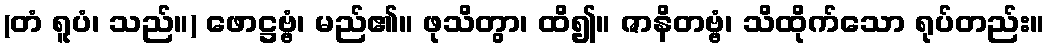
(တံ ရူပံ၊ သည်။) ဖောဋ္ဌဗ္ဗံ၊ မည်၏။ ဖုသိတွာ၊ ထိ၍။ ဇာနိတဗ္ဗံ၊ သိထိုက်သော ရုပ်တည်း။